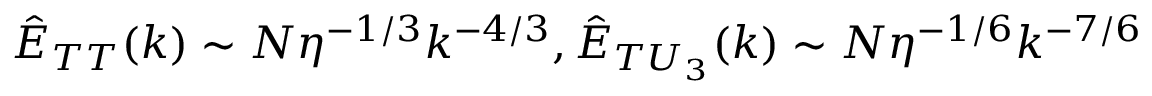
\hat { E } _ { T T } ( k ) \sim N \eta ^ { - 1 / 3 } k ^ { - 4 / 3 } , \hat { E } _ { T U _ { 3 } } ( k ) \sim N \eta ^ { - 1 / 6 } k ^ { - 7 / 6 }